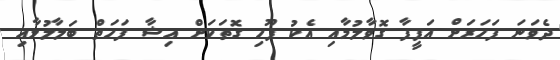
ދެވަނަ ފަހަރަށް އަފީފާ ގޮވާލުމާއި އެކު ފޫހި ގޮތަކަށް އިޝާ ފަހަތް ބަލާލުމާއި